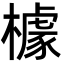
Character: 㯫